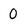
Character: 0